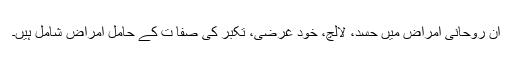
ان روحانی امراض میں حسد، لالچ، خود غرضی، تکبر کی صفا ت کے حامل امراض شامل ہیں۔